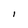
Character: I